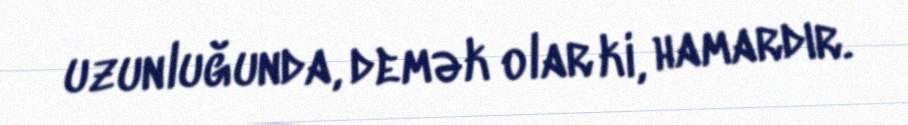
uzunluğunda, demək olar ki, hamardır.